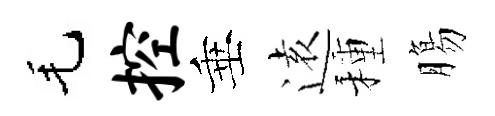
毛控垂逺種膓